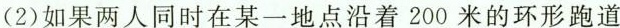
(2)如果两人同时在某一地点沿着200米的环形跑道